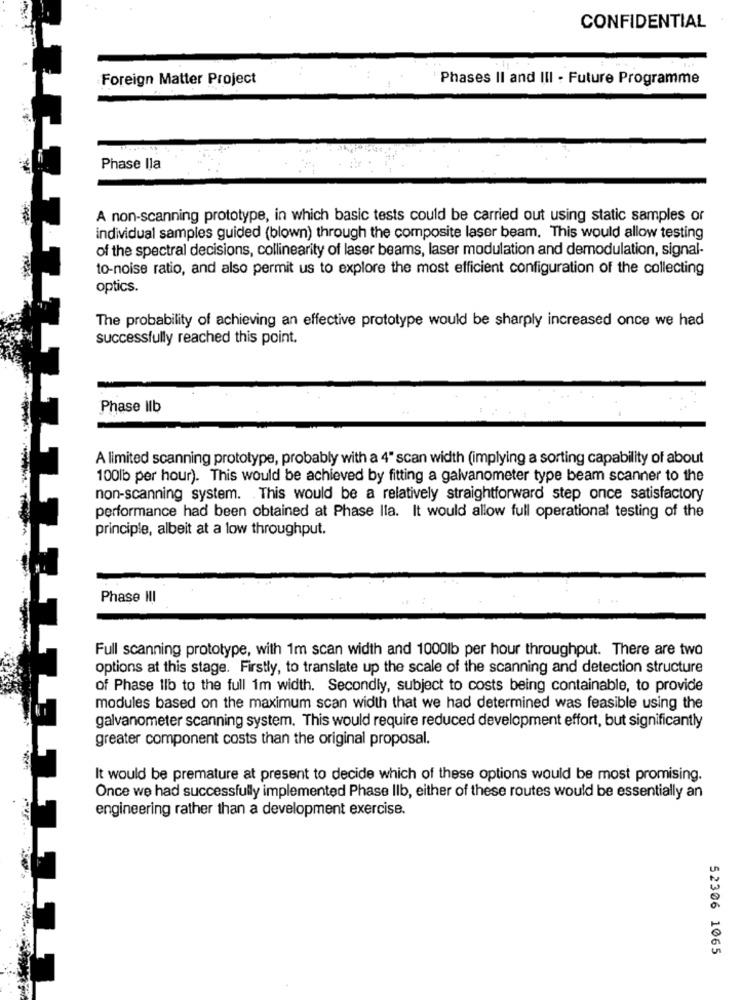
CONFIDENTIAL
Foreign Matter Project
Phases II and III - Future Programme
Phase lla
A non-scanning prototype, in which basic tests could be carried out using static samples or
individual samples guided (blown) through the composite laser beam. This would allow testing
of the spectral decisions, collinearity of laser beams, laser modulation and demodulation, signal-
to-noise ratio, and also permit us to explore the most efficient configuration of the collecting
optics.
The probability of achieving an effective prototype would be sharply increased once we had
successfully reached this point.
Phase IIb
A limited scanning prototype, probably with a 4" scan width (implying a sorting capability of about
100lb per hour). This would be achieved by fitting a galvanometer type beam scanner to the
non-scanning system. This would be a relatively straightforward step once satisfactory
performance had been obtained at Phase Ila. It would allow full operational testing of the
principle, albeit at a low throughput.
Phase II
Full scanning prototype, with 1m scan width and 1000lb per hour throughput. There are two
options at this stage. Firstly, to translate up the scale of the scanning and detection structure
of Phase lib to the full im width. Secondly, subject to costs being containable, to provide
modules based on the maximum scan width that we had determined was feasible using the
galvanometer scanning system. This would require reduced development effort, but significantly
greater component costs than the original proposal.
It would be premature at present to decide which of these options would be most promising.
Once we had successfully implemented Phase IIb, either of these routes would be essentially an
engineering rather than a development exercise.
52306 1065